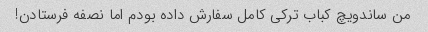
من ساندویچ کباب ترکی کامل سفارش داده بودم اما نصفه فرستادن!